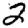
Digit: 2